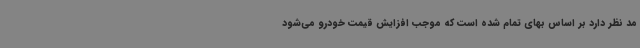
مد نظر دارد بر اساس بهای تمام شده است که موجب افزایش قیمت خودرو می‌شود